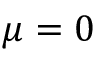
\mu = 0